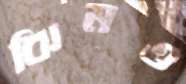
ঝিমও